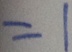
= 1